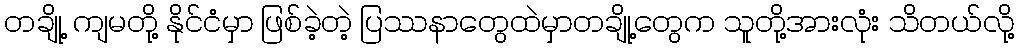
တချို့ ကျမတို့ နိုင်ငံမှာ ဖြစ်ခဲ့တဲ့ ပြဿနာတွေထဲမှာတချို့တွေက သူတို့အားလုံး သိတယ်လို့